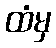
ထံမှ